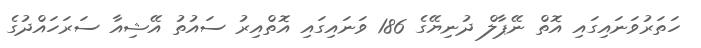
ހަތަރުވަނައިގައި އޮތް ނޭޕާލް ދުނިޔޭގެ 186 ވަނައިގައި އޮތްއިރު ސައުތު އޭޝިއާ ސަރަހައްދުގެ